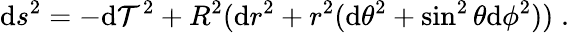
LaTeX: \mathrm{d}s^{2}=-\mathrm{d}\mathcal{T}^{2}+R^{2}(\mathrm{d}r^{2}+r^{2}(\mathrm{d}\theta^{2}+\sin^{2}\theta\mathrm{d}\phi^{2}))\; .